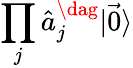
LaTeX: \prod_{j}\hat{a}_{j}^{\dag}|\vec{0}\rangle